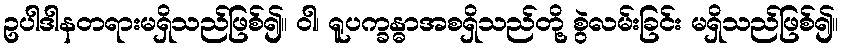
ဥပါဒါနတရားမရှိသည်ဖြစ်၍။ ဝါ၊ ရူပက္ခန္ဓာအစရှိသည်တို့ စွဲလမ်းခြင်း မရှိသည်ဖြစ်၍။